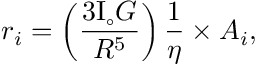
r _ { i } = \left( \frac { 3 \mathrm { I } _ { \circ } G } { R ^ { 5 } } \right) \frac { 1 } { \eta } \times A _ { i } ,